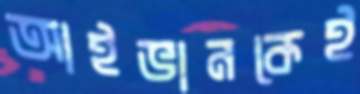
আইভানকেই